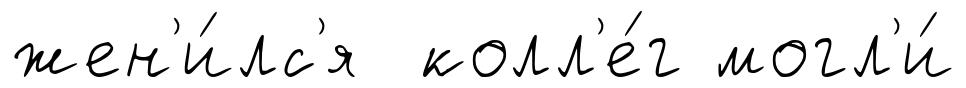
жен'и́лс'я колл'е́г могл'и́